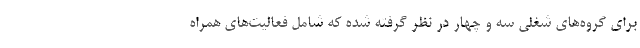
برای گروه‌های شغلی سه و چهار در نظر گرفته شده که شامل فعالیت‌های همراه